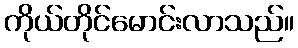
ကိုယ်တိုင်မောင်းလာသည်။